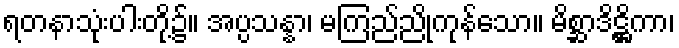
ရတနာသုံးပါးတို့၌။ အပ္ပသန္နာ၊ မကြည်ညိုကုန်သော။ မိစ္ဆာဒိဋ္ဌိကာ၊